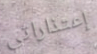
إعتذاراتي